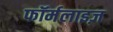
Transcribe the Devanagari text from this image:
फॉर्मलाइज़